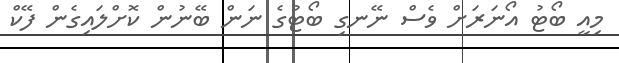
މިއީ ބޯޓު އޯނަރަށް ވެސް ނޭނގި ބޯޓުގެ ނަން ބޭނުން ކޮށްލައިގެން ފޭކް